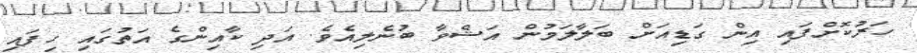
ހަރުކޮށްފައި އިން ގަޑިއަށް ބަލާލަމުން އަޝްވާ ބުނެލިއެވެ. އަދި ކާއިންގެ އަތުގައި ހިފައި